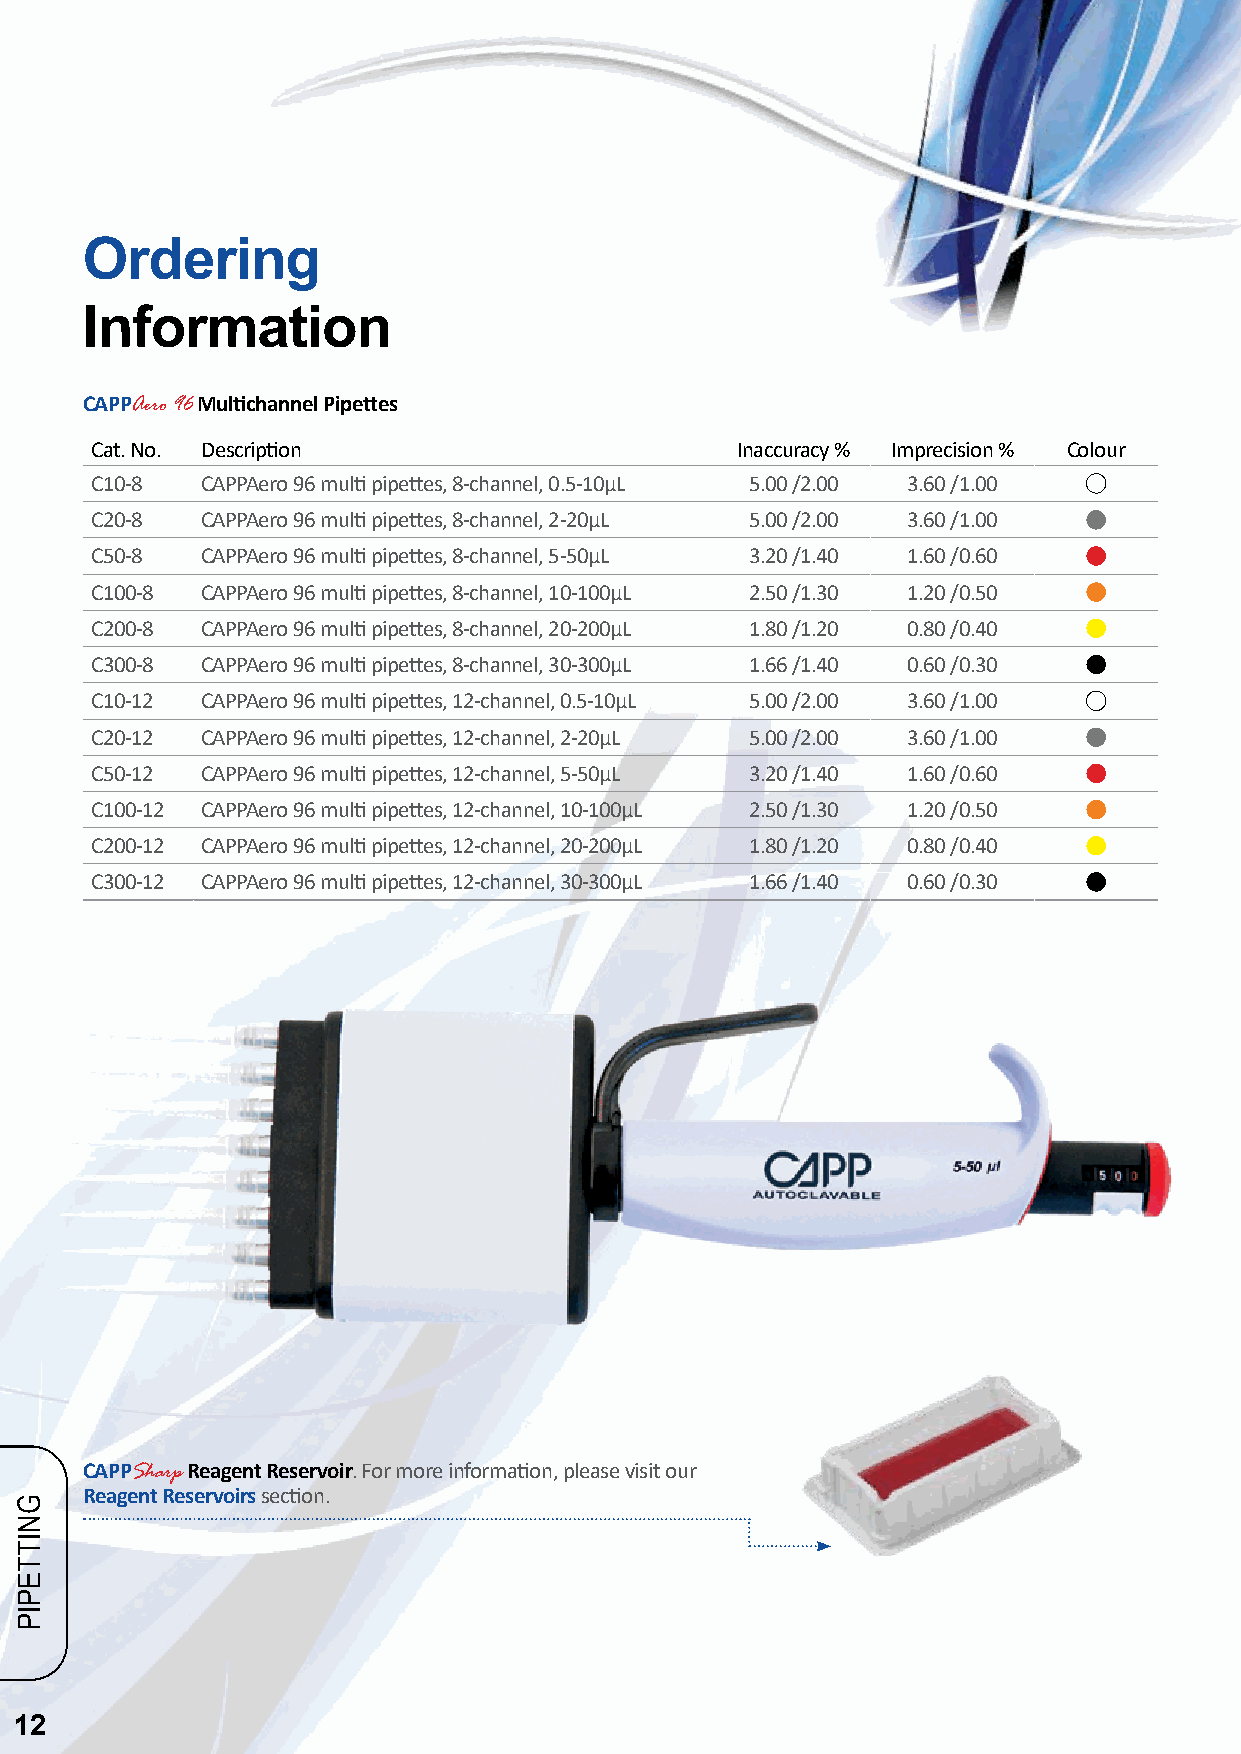
Ordering
 Information
 CAPPAero 96 Multichannel Pipettes
 Cat. No. Description                       Inaccuracy % Imprecision % Colour
 C10-8  CAPPAero 96 multi pipettes, 8-channel, 0.5-10µL 5.00 /2.00 3.60 /1.00
 C20-8  CAPPAero 96 multi pipettes, 8-channel, 2-20µL 5.00 /2.00 3.60 /1.00
 C50-8  CAPPAero 96 multi pipettes, 8-channel, 5-50µL 3.20 /1.40 1.60 /0.60
 C100-8 CAPPAero 96 multi pipettes, 8-channel, 10-100µL 2.50 /1.30 1.20 /0.50
 C200-8 CAPPAero 96 multi pipettes, 8-channel, 20-200µL 1.80 /1.20 0.80 /0.40
 C300-8 CAPPAero 96 multi pipettes, 8-channel, 30-300µL 1.66 /1.40 0.60 /0.30
 C10-12 CAPPAero 96 multi pipettes, 12-channel, 0.5-10µL 5.00 /2.00 3.60 /1.00
 C20-12 CAPPAero 96 multi pipettes, 12-channel, 2-20µL 5.00 /2.00 3.60 /1.00
 C50-12 CAPPAero 96 multi pipettes, 12-channel, 5-50µL 3.20 /1.40 1.60 /0.60
 C100-12 CAPPAero 96 multi pipettes, 12-channel, 10-100µL 2.50 /1.30 1.20 /0.50
 C200-12 CAPPAero 96 multi pipettes, 12-channel, 20-200µL 1.80 /1.20 0.80 /0.40
 C300-12 CAPPAero 96 multi pipettes, 12-channel, 30-300µL 1.66 /1.40 0.60 /0.30
 CAPPSharp Reagent Reservoir. For more information, please visit our
 Reagent Reservoirs section.
 12
 GNITTEPIP